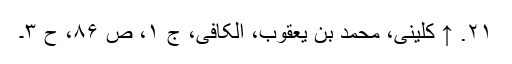
۲۱. ↑ کلینی، محمد بن یعقوب، الکافی، ج ۱، ص ۸۶، ح ۳۔